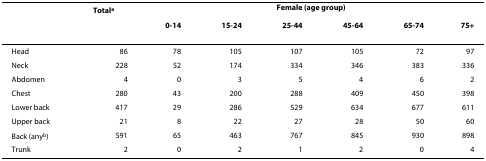
|  | Totala | <COLSPAN=6> Female (age group) |
 |  |  | 0-14 | 15-24 | 25-44 | 45-64 | 65-74 | 75+ |
 | --- | --- | --- | --- | --- | --- | --- | --- |
 | Head | 86 | 78 | 105 | 107 | 105 | 72 | 97 |
 | Neck | 228 | 52 | 174 | 334 | 346 | 383 | 336 |
 | Abdomen | 4 | 0 | 3 | 5 | 4 | 6 | 2 |
 | Chest | 280 | 43 | 200 | 288 | 409 | 450 | 398 |
 | Lower back | 417 | 29 | 286 | 529 | 634 | 677 | 611 |
 | Upper back | 21 | 8 | 22 | 27 | 28 | 50 | 60 |
 | Back (anyb) | 591 | 65 | 463 | 767 | 845 | 930 | 898 |
 | Trunk | 2 | 0 | 2 | 1 | 2 | 0 | 4 |